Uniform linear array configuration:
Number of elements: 32
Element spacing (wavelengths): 0.5
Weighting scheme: blackman
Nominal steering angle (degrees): -30
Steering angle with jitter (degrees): -29.157
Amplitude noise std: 0.05
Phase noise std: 0.05

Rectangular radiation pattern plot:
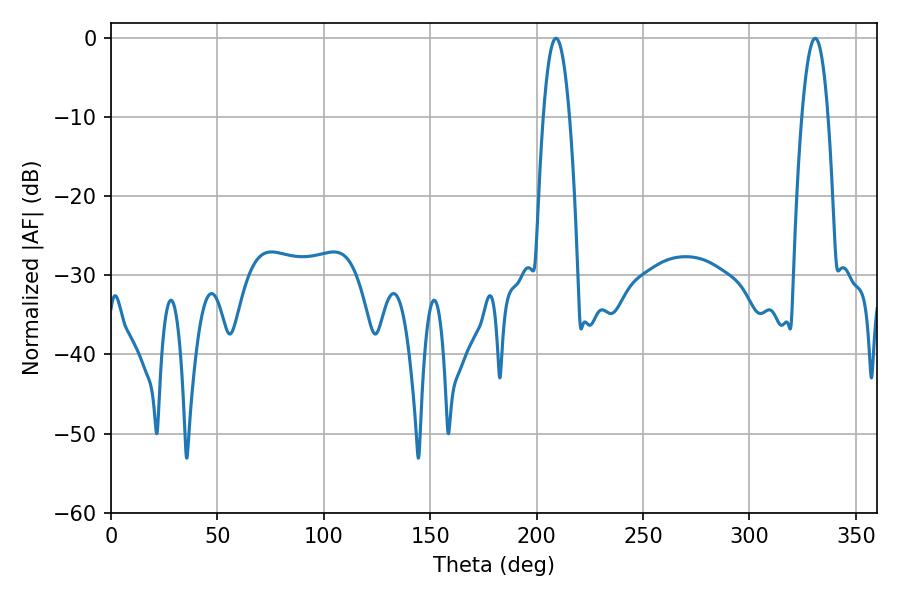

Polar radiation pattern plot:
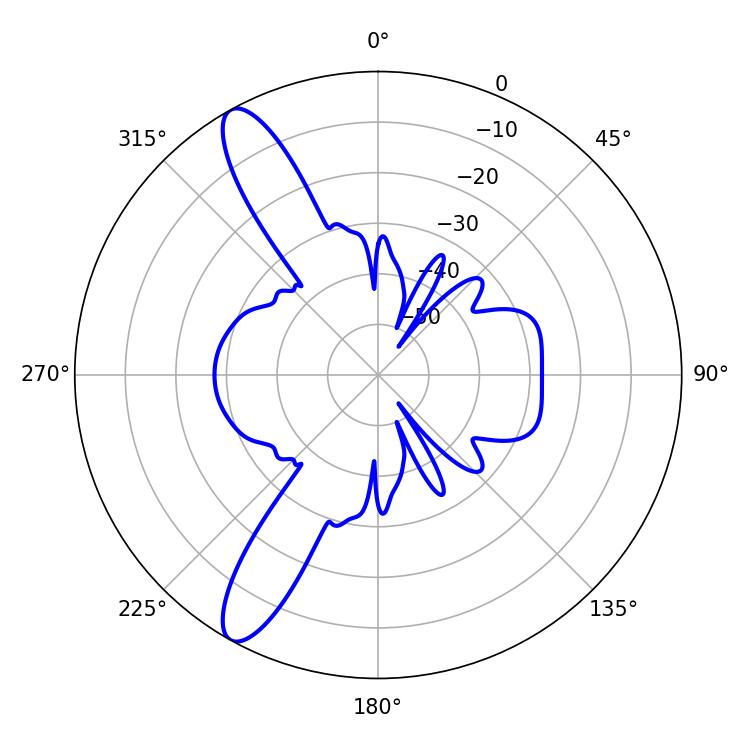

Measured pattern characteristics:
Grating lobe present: FALSE
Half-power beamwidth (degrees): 6.84
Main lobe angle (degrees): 330.84